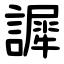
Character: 䜄